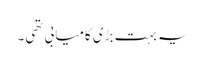
یہ بہت بڑی کامیابی تھی۔